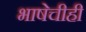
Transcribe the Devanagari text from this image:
भाषेचीही